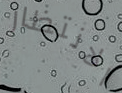
الانتظار